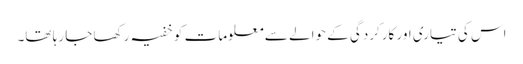
اس کی تیاری اور کارکردگی کے حوالے سے معلومات کو خفیہ رکھا جا رہا تھا۔